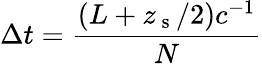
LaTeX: \Delta t=\frac{\left(L+z_{\mathrm{~s~}}/2\right)c^{-1}}{N}